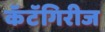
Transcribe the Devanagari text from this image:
कॅटॅगिरीज